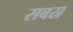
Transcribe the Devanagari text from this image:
सबस्र